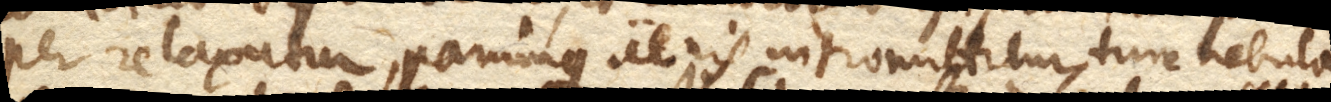
per relaxatur, parumque aeris intromittitur, tunc nebula